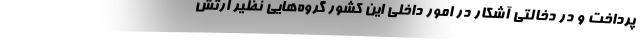
پرداخت و در دخالتی آشکار در امور داخلی این کشور گروه­هایی نظیر ارتش